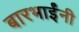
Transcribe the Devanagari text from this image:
बारभाईंनी